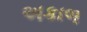
અકાળ